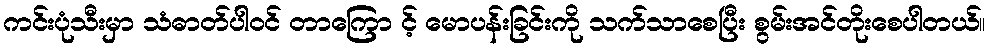
ကင်းပုံသီးမှာ သံဓာတ်ပါဝင် တာကြော င့် မောပန်းခြင်းကို သက်သာစေပြီး စွမ်းအင်တိုးစေပါတယ်။